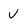
Character: v